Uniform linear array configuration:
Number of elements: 16
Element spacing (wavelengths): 0.75
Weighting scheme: cosine
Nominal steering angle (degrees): -30
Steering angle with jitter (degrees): -31.612
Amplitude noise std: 0.05
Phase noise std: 0.05

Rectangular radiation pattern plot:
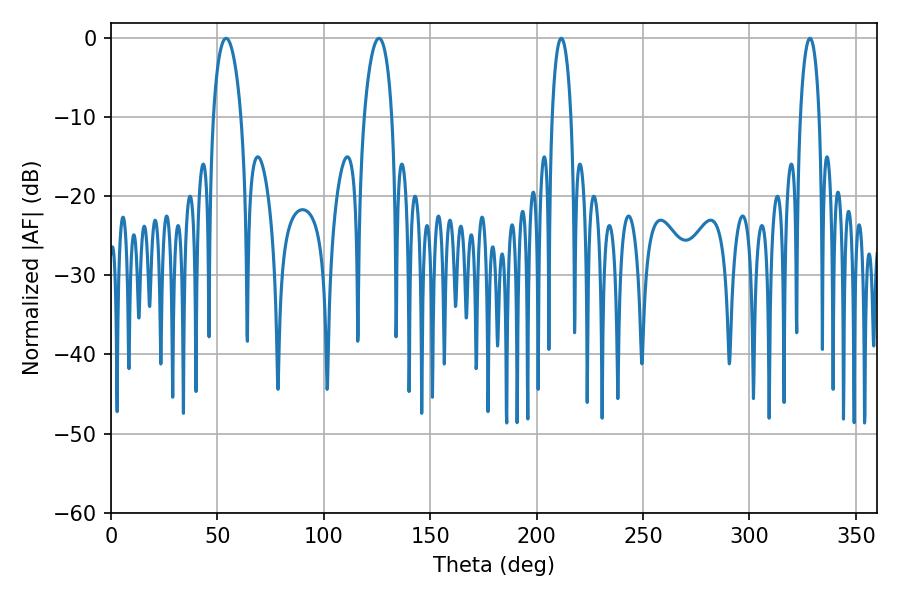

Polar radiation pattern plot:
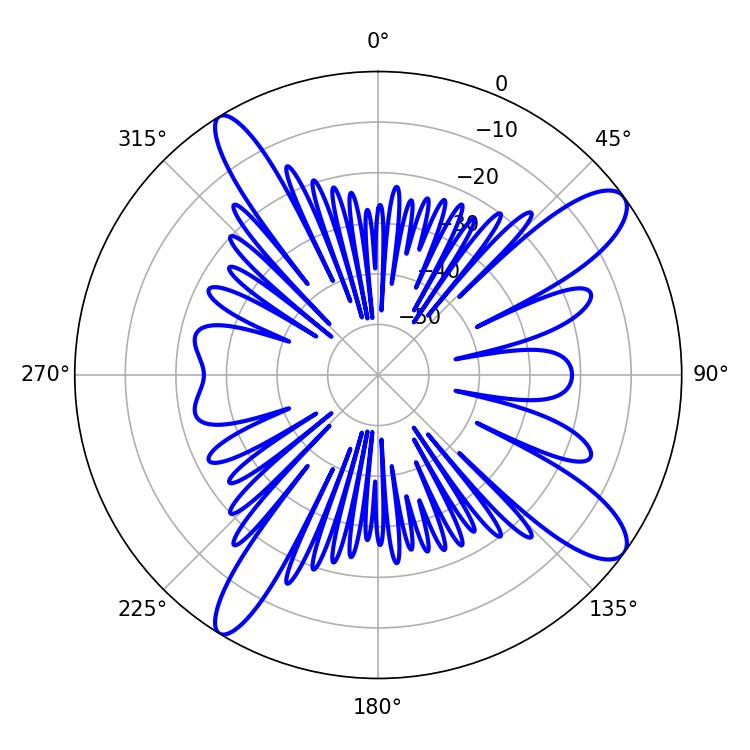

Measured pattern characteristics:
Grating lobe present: TRUE
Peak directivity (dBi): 11.952
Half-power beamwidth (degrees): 7.38
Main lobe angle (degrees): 54